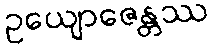
ဥယျောဇေန္တဿ